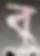
ব